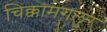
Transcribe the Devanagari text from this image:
चिक्कामगलुर